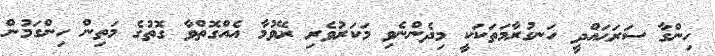
ހިންގާ ސަރަޙައްދީ ހަނގުރާމަތަކަކީ މިދެންނެވި މަކަރުވެރި ރޭވުމާ އެއްގޮތްވާ ގޮތުގެ މަތިން ހިންގަމުން